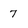
Character: 7